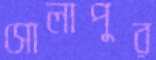
সোলাপুর